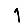
Digit: 1